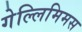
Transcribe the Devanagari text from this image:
गेल्‍लिमिमस